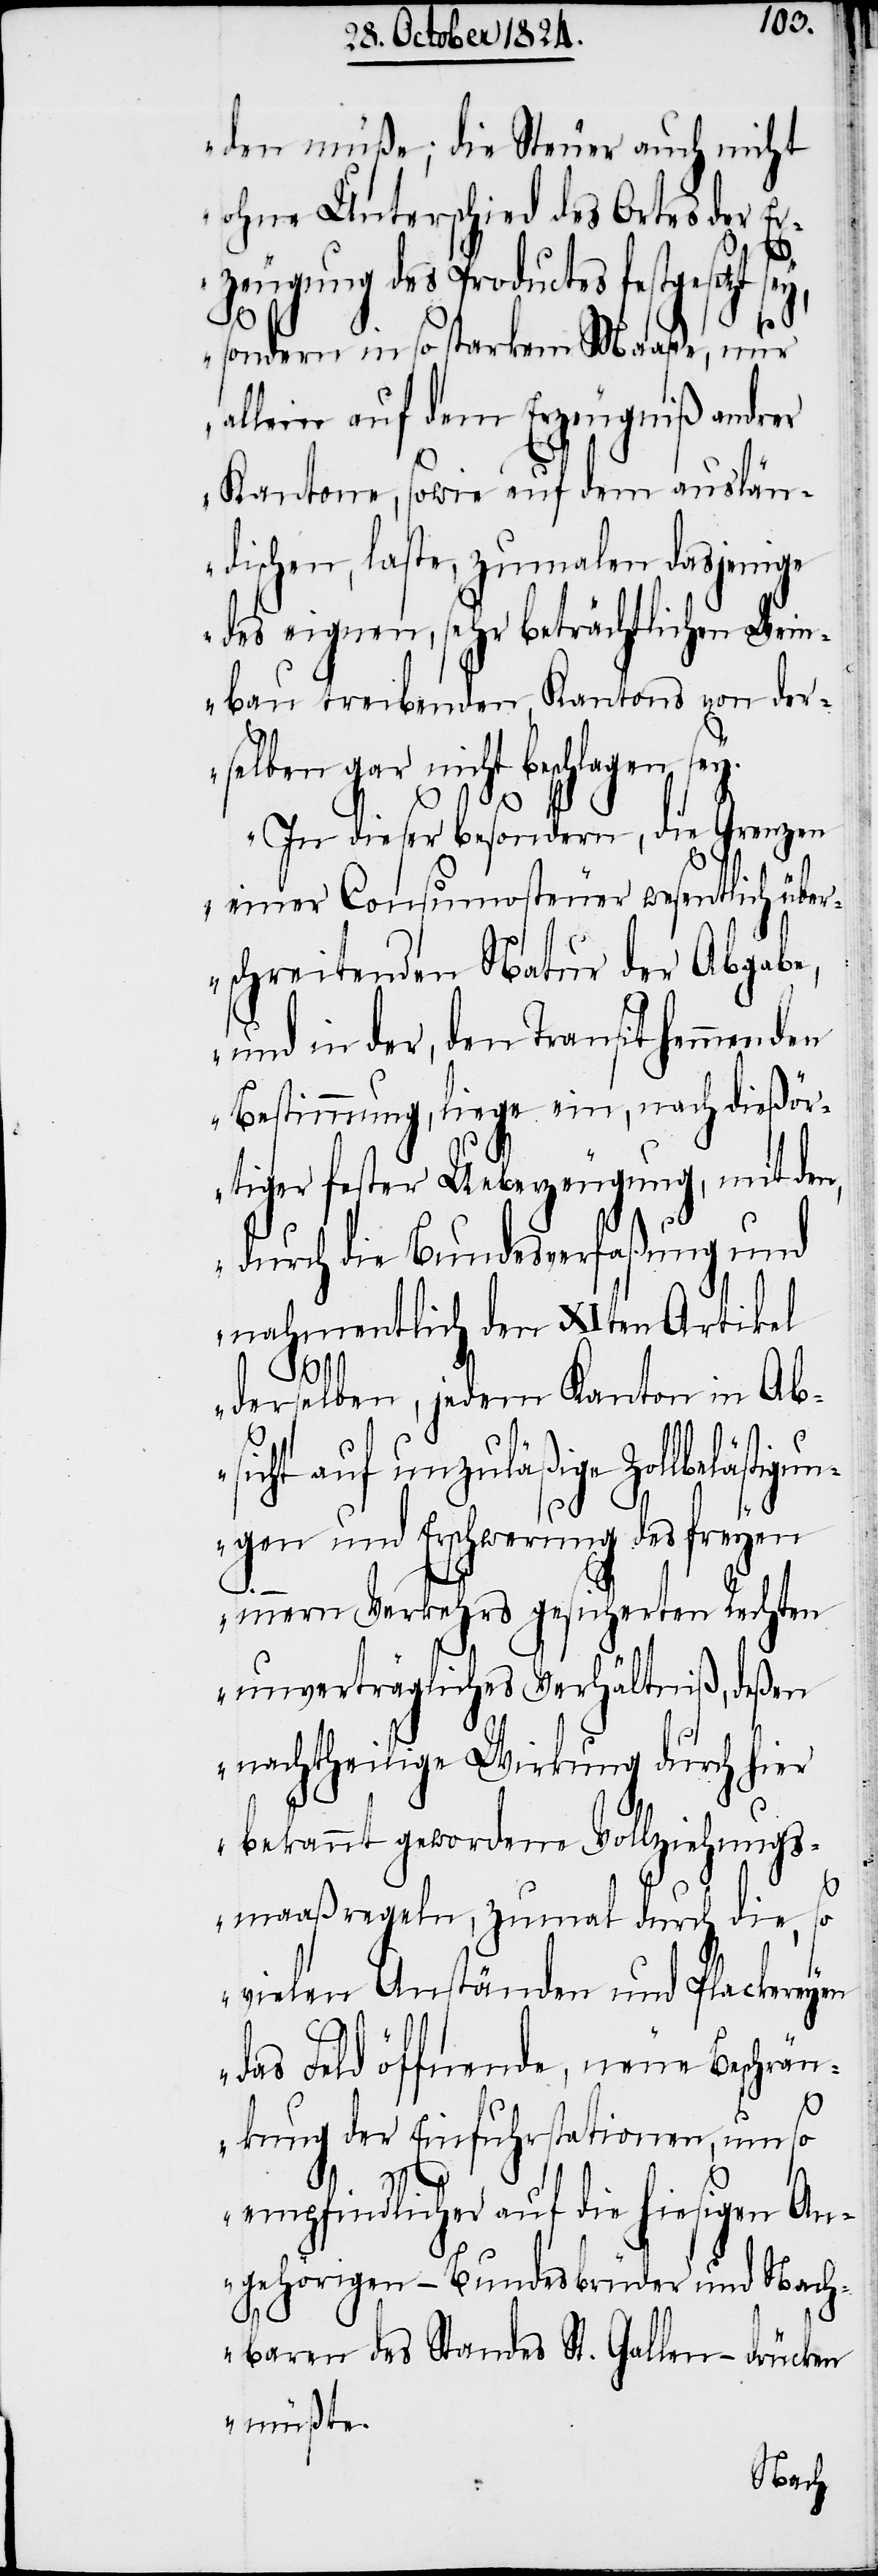
den müße; die Steuer auch nicht
ohne Unterschied des Ortes der Er¬
zeugung des Productes festgesetzt se¬
y,
sondern in so starkem Maaße, nur
allein auf dem Erzeugniß andrer
Kantone, sowie auf dem auslän¬
dischen, laste, zumalen dasjenige
des eignen, sehr beträchtlichen Wein¬
bau treibenden Kantons von der¬
selben gar nicht beschlagen sey.
In dieser besondern, die Grenzen
einer Consumosteuer wesentlich über¬
schreitenden Natur der Abgabe,
und in der, den Transit hemmenden
Bestimmung, liege ein, nach dießör¬
tiger fester Ueberzeugung, mit den,
durch die Bundesverfaßung und
nahmentlich den XIten Artikel
derselben, jedem Kanton in Ab¬
sicht auf unzuläßige Zollbelästig¬
ungen und Erschwerung des freyen
innern Verkehrs gesicherten Rechten
unverträgliches Verhältniß, deßen
nachtheilige Wirkung durch hier
bekannt gewordene Vollziehungs¬
maaßregeln, zumal durch die, so
vielen Anständen und Plackereyen
das Feld öffnende, neue Beschrän¬
kung der Einfuhrstationen, um so
empfindlicher auf die hiesigen An¬
gehörigen – Bundesbrüder und Nach¬
baren des Standes St. Gallen drücken
müßte.